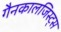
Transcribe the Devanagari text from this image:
गैनकालजिस्ट्स